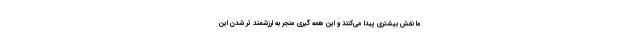
ما نقش بیشتری پیدا می‌کنند و این همه گیری منجر به ارزشمند تر شدن این